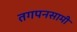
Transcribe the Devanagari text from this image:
तगपनसामी